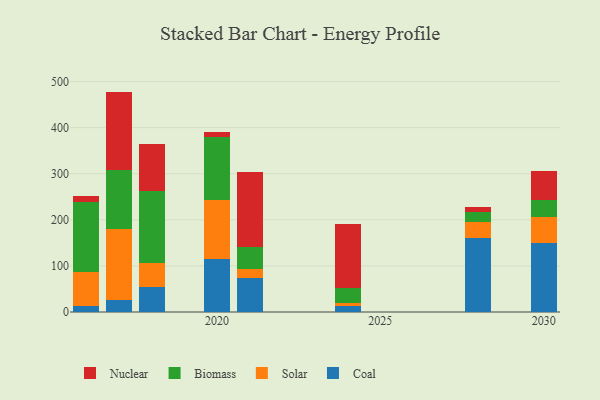
{"axis": {"x": "Year", "y": "Production Output"}, "legend": ["Biomass", "Coal", "Nuclear", "Solar"], "data": [{"x": "2030", "y": 149.3, "type": "Coal"}, {"x": "2030", "y": 57.0, "type": "Solar"}, {"x": "2030", "y": 36.5, "type": "Biomass"}, {"x": "2030", "y": 62.8, "type": "Nuclear"}, {"x": "2021", "y": 74.8, "type": "Coal"}, {"x": "2021", "y": 19.1, "type": "Solar"}, {"x": "2021", "y": 46.3, "type": "Biomass"}, {"x": "2021", "y": 164.0, "type": "Nuclear"}, {"x": "2018", "y": 53.4, "type": "Coal"}, {"x": "2018", "y": 53.8, "type": "Solar"}, {"x": "2018", "y": 156.1, "type": "Biomass"}, {"x": "2018", "y": 101.1, "type": "Nuclear"}, {"x": "2016", "y": 13.5, "type": "Coal"}, {"x": "2016", "y": 72.4, "type": "Solar"}, {"x": "2016", "y": 152.5, "type": "Biomass"}, {"x": "2016", "y": 13.8, "type": "Nuclear"}, {"x": "2020", "y": 116.0, "type": "Coal"}, {"x": "2020", "y": 127.6, "type": "Solar"}, {"x": "2020", "y": 136.5, "type": "Biomass"}, {"x": "2020", "y": 9.5, "type": "Nuclear"}, {"x": "2028", "y": 159.7, "type": "Coal"}, {"x": "2028", "y": 35.3, "type": "Solar"}, {"x": "2028", "y": 20.9, "type": "Biomass"}, {"x": "2028", "y": 12.1, "type": "Nuclear"}, {"x": "2017", "y": 26.8, "type": "Coal"}, {"x": "2017", "y": 153.1, "type": "Solar"}, {"x": "2017", "y": 128.1, "type": "Biomass"}, {"x": "2017", "y": 170.1, "type": "Nuclear"}, {"x": "2024", "y": 12.1, "type": "Coal"}, {"x": "2024", "y": 8.4, "type": "Solar"}, {"x": "2024", "y": 30.8, "type": "Biomass"}, {"x": "2024", "y": 139.7, "type": "Nuclear"}]}